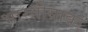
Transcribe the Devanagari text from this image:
भारतीयावर